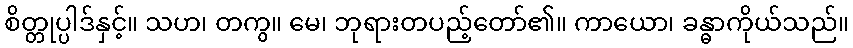
စိတ္တုပ္ပါဒ်နှင့်။ သဟ၊ တကွ။ မေ၊ ဘုရားတပည့်တော်၏။ ကာယော၊ ခန္ဓာကိုယ်သည်။